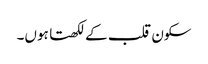
سکون قلب کے لکھتا ہوں۔